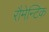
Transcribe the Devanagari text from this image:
रौमेन्टिक